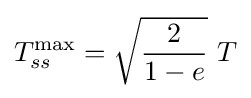
T_{ss}^{\rm {max}}={\sqrt {\frac {2}{1-e}}}\ T